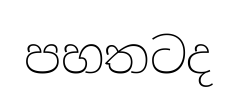
පහතටද